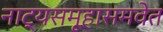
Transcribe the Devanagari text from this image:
नाट्यसमूहासमवेत